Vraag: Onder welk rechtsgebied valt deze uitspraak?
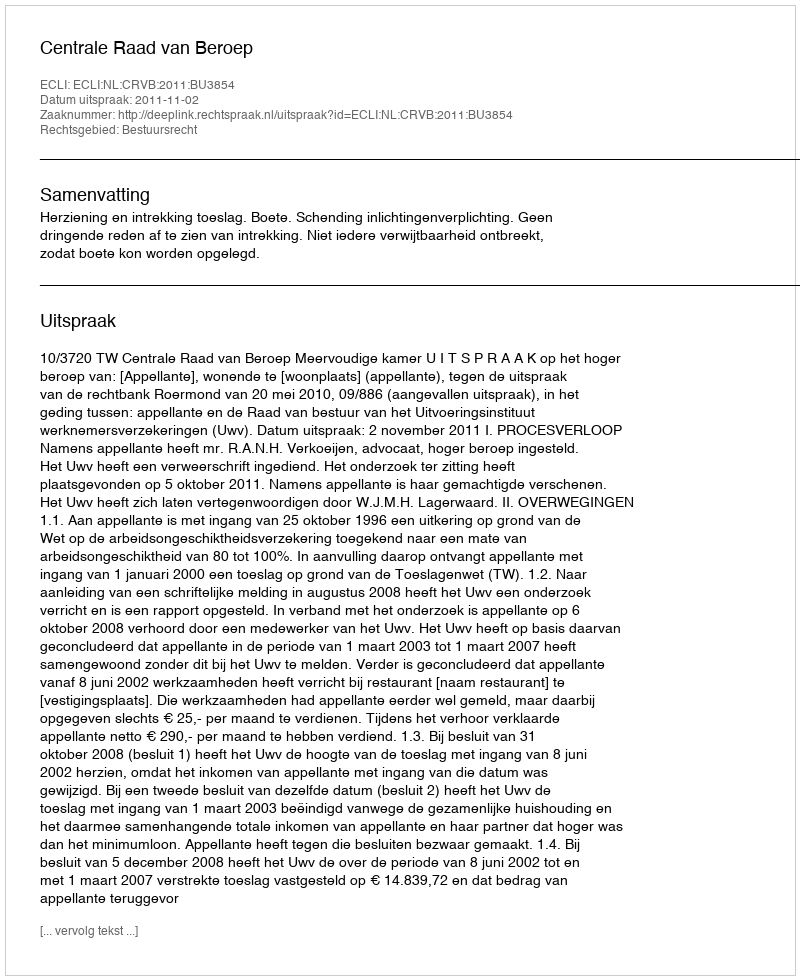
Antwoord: Bestuursrecht